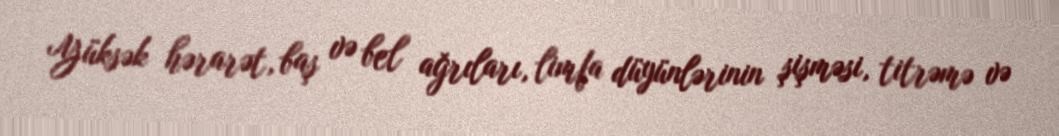
Yüksək hərarət, baş və bel ağrıları, limfa düyünlərinin şişməsi, titrəmə və